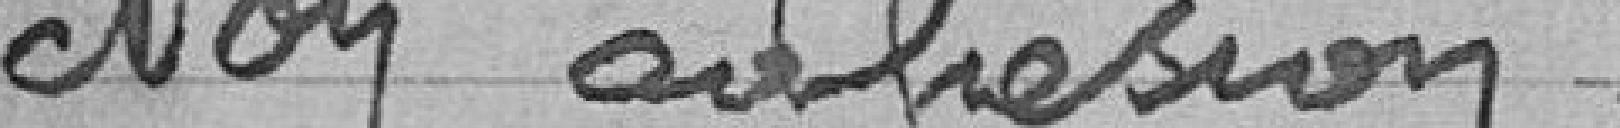
Non adhésion